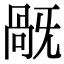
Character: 旤